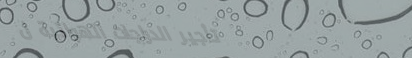
تأجير الدراجات الهوائية ل